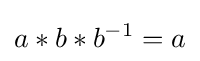
a*b*{b^{-1}}=a